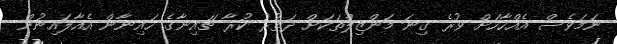
ނަމަވެސް އެއްހާހަށް ވުރެ ގިނަ މަންޒިލްތަކަށް ދަތުރު ކުރާ ޗައިނާގެ ހައިނާން އެއާލައިނުން